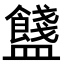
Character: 𥃗